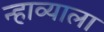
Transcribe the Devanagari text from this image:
न्हाव्याला